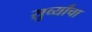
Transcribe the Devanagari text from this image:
सुर्व्यांचा